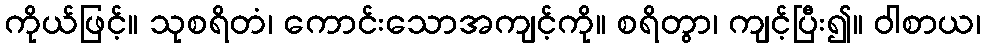
ကိုယ်ဖြင့်။ သုစရိတံ၊ ကောင်းသောအကျင့်ကို။ စရိတွာ၊ ကျင့်ပြီး၍။ ဝါစာယ၊